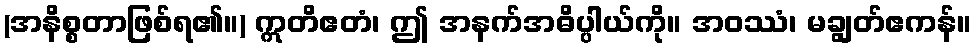
(အနိစ္စတာဖြစ်ရ၏။) ဣတိဧတံ၊ ဤ အနက်အဓိပ္ပါယ်ကို။ အဝဿံ၊ မချွတ်ဧကန်။